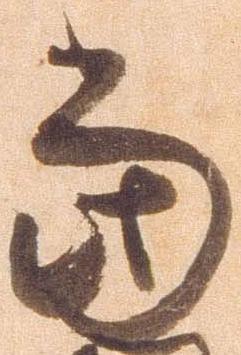
当